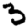
Digit: 3